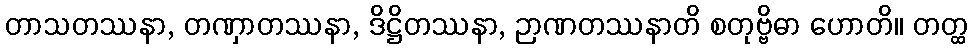
တာသတဿနာ, တဏှာတဿနာ, ဒိဋ္ဌိတဿနာ, ဉာဏတဿနာတိ စတုဗ္ဗိဓာ ဟောတိ။ တတ္ထ